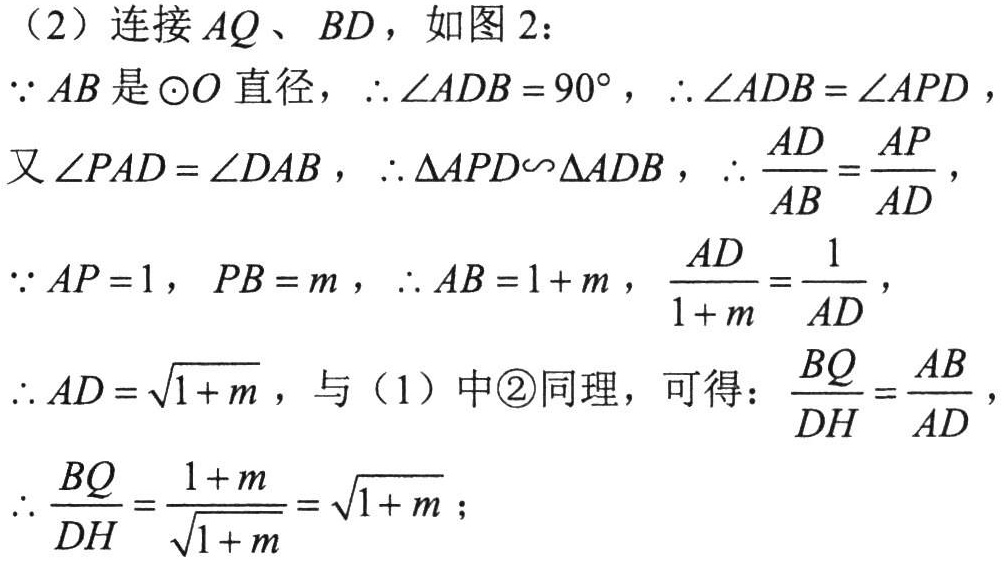
（2）连接 \(AQ\)、\(BD\)，如图 2：
\(\because AB\) 是 \(\odot O\) 直径，\(\therefore \angle ADB = 90^{\circ}\)，\(\therefore \angle ADB=\angle APD\)，
又 \(\angle PAD = \angle DAB\)，\(\therefore \triangle APD\sim\triangle ADB\)，\(\therefore \frac{AD}{AB}=\frac{AP}{AD}\)，
\(\because AP = 1\)，\(PB = m\)，\(\therefore AB = 1 + m\)，\(\frac{AD}{1 + m}=\frac{1}{AD}\)，
\(\therefore AD = \sqrt{1 + m}\)，与（1）中\textcircled{2}同理，可得：\(\frac{BQ}{DH}=\frac{AB}{AD}\)，
\(\therefore \frac{BQ}{DH}=\frac{1 + m}{\sqrt{1 + m}}=\sqrt{1 + m}\)；